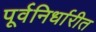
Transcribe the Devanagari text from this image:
पूर्वनिर्धारीत